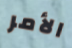
الأمر